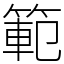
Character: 範